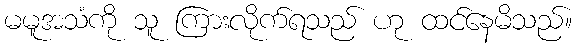
မမူအသံကို သူ ကြားလိုက်ရသည် ဟု ထင်နေမိသည်။